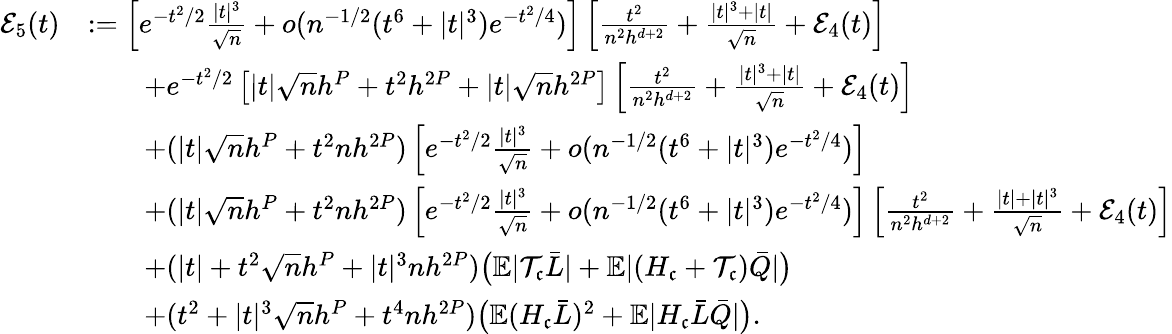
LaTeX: \begin{array}{rl}{\mathcal{E}_{5}(t)}&{:=\left[e^{-t^{2}/2}\frac{|t|^{3}}{\sqrt{n}}+o(n^{-1/2}(t^{6}+|t|^{3})e^{-t^{2}/4})\right]\left[\frac{t^{2}}{n^{2}h^{d+2}}+\frac{|t|^{3}+|t|}{\sqrt{n}}+\mathcal{E}_{4}(t)\right]}\\ &{\qquad+e^{-t^{2}/2}\left[|t|\sqrt{n}h^{P}+t^{2}h^{2P}+|t|\sqrt{n}h^{2P}\right]\left[\frac{t^{2}}{n^{2}h^{d+2}}+\frac{|t|^{3}+|t|}{\sqrt{n}}+\mathcal{E}_{4}(t)\right]}\\ &{\qquad+(|t|\sqrt{n}h^{P}+t^{2}nh^{2P})\left[e^{-t^{2}/2}\frac{|t|^{3}}{\sqrt{n}}+o(n^{-1/2}(t^{6}+|t|^{3})e^{-t^{2}/4})\right]}\\ &{\qquad+(|t|\sqrt{n}h^{P}+t^{2}nh^{2P})\left[e^{-t^{2}/2}\frac{|t|^{3}}{\sqrt{n}}+o(n^{-1/2}(t^{6}+|t|^{3})e^{-t^{2}/4})\right]\left[\frac{t^{2}}{n^{2}h^{d+2}}+\frac{|t|+|t|^{3}}{\sqrt{n}}+\mathcal{E}_{4}(t)\right]}\\ &{\qquad+(|t|+t^{2}\sqrt{n}h^{P}+|t|^{3}nh^{2P})\big(\mathbb{E}|\mathcal{T}_{\mathfrak{c}}\bar{L}|+\mathbb{E}|(H_{\mathfrak{c}}+\mathcal{T}_{\mathfrak{c}})\bar{Q}|\big)}\\ &{\qquad+(t^{2}+|t|^{3}\sqrt{n}h^{P}+t^{4}nh^{2P})\big(\mathbb{E}(H_{\mathfrak{c}}\bar{L})^{2}+\mathbb{E}|H_{\mathfrak{c}}\bar{L}\bar{Q}|\big).}\end{array}